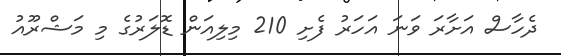
ދެހާސް އަށާރަ ވަނަ އަހަރު ފެށި 210 މިލިއަން ޑޮލަރުގެ މި މަޝްރޫއު